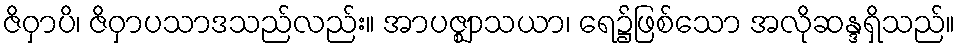
ဇိဝှာပိ၊ ဇိဝှာပသာဒသည်လည်း။ အာပဇ္ဈာသယာ၊ ရေ၌ဖြစ်သော အလိုဆန္ဒရှိသည်။